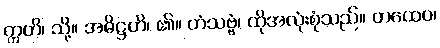
ဣတိ၊ သို့။ အဓိဋ္ဌဟိ၊ ၏။ တံသဗ္ဗံ၊ ထိုအလုံးစုံသည်။ တထေဝ၊